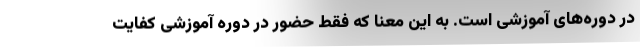
در دوره‌های آموزشی است. به این معنا که فقط حضور در دوره آموزشی کفایت